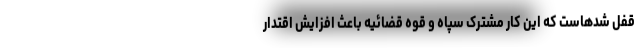
قفل شدهاست که این کار مشترک سپاه و قوه قضائیه باعث افزایش اقتدار